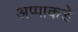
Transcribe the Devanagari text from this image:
अप्पाकडे